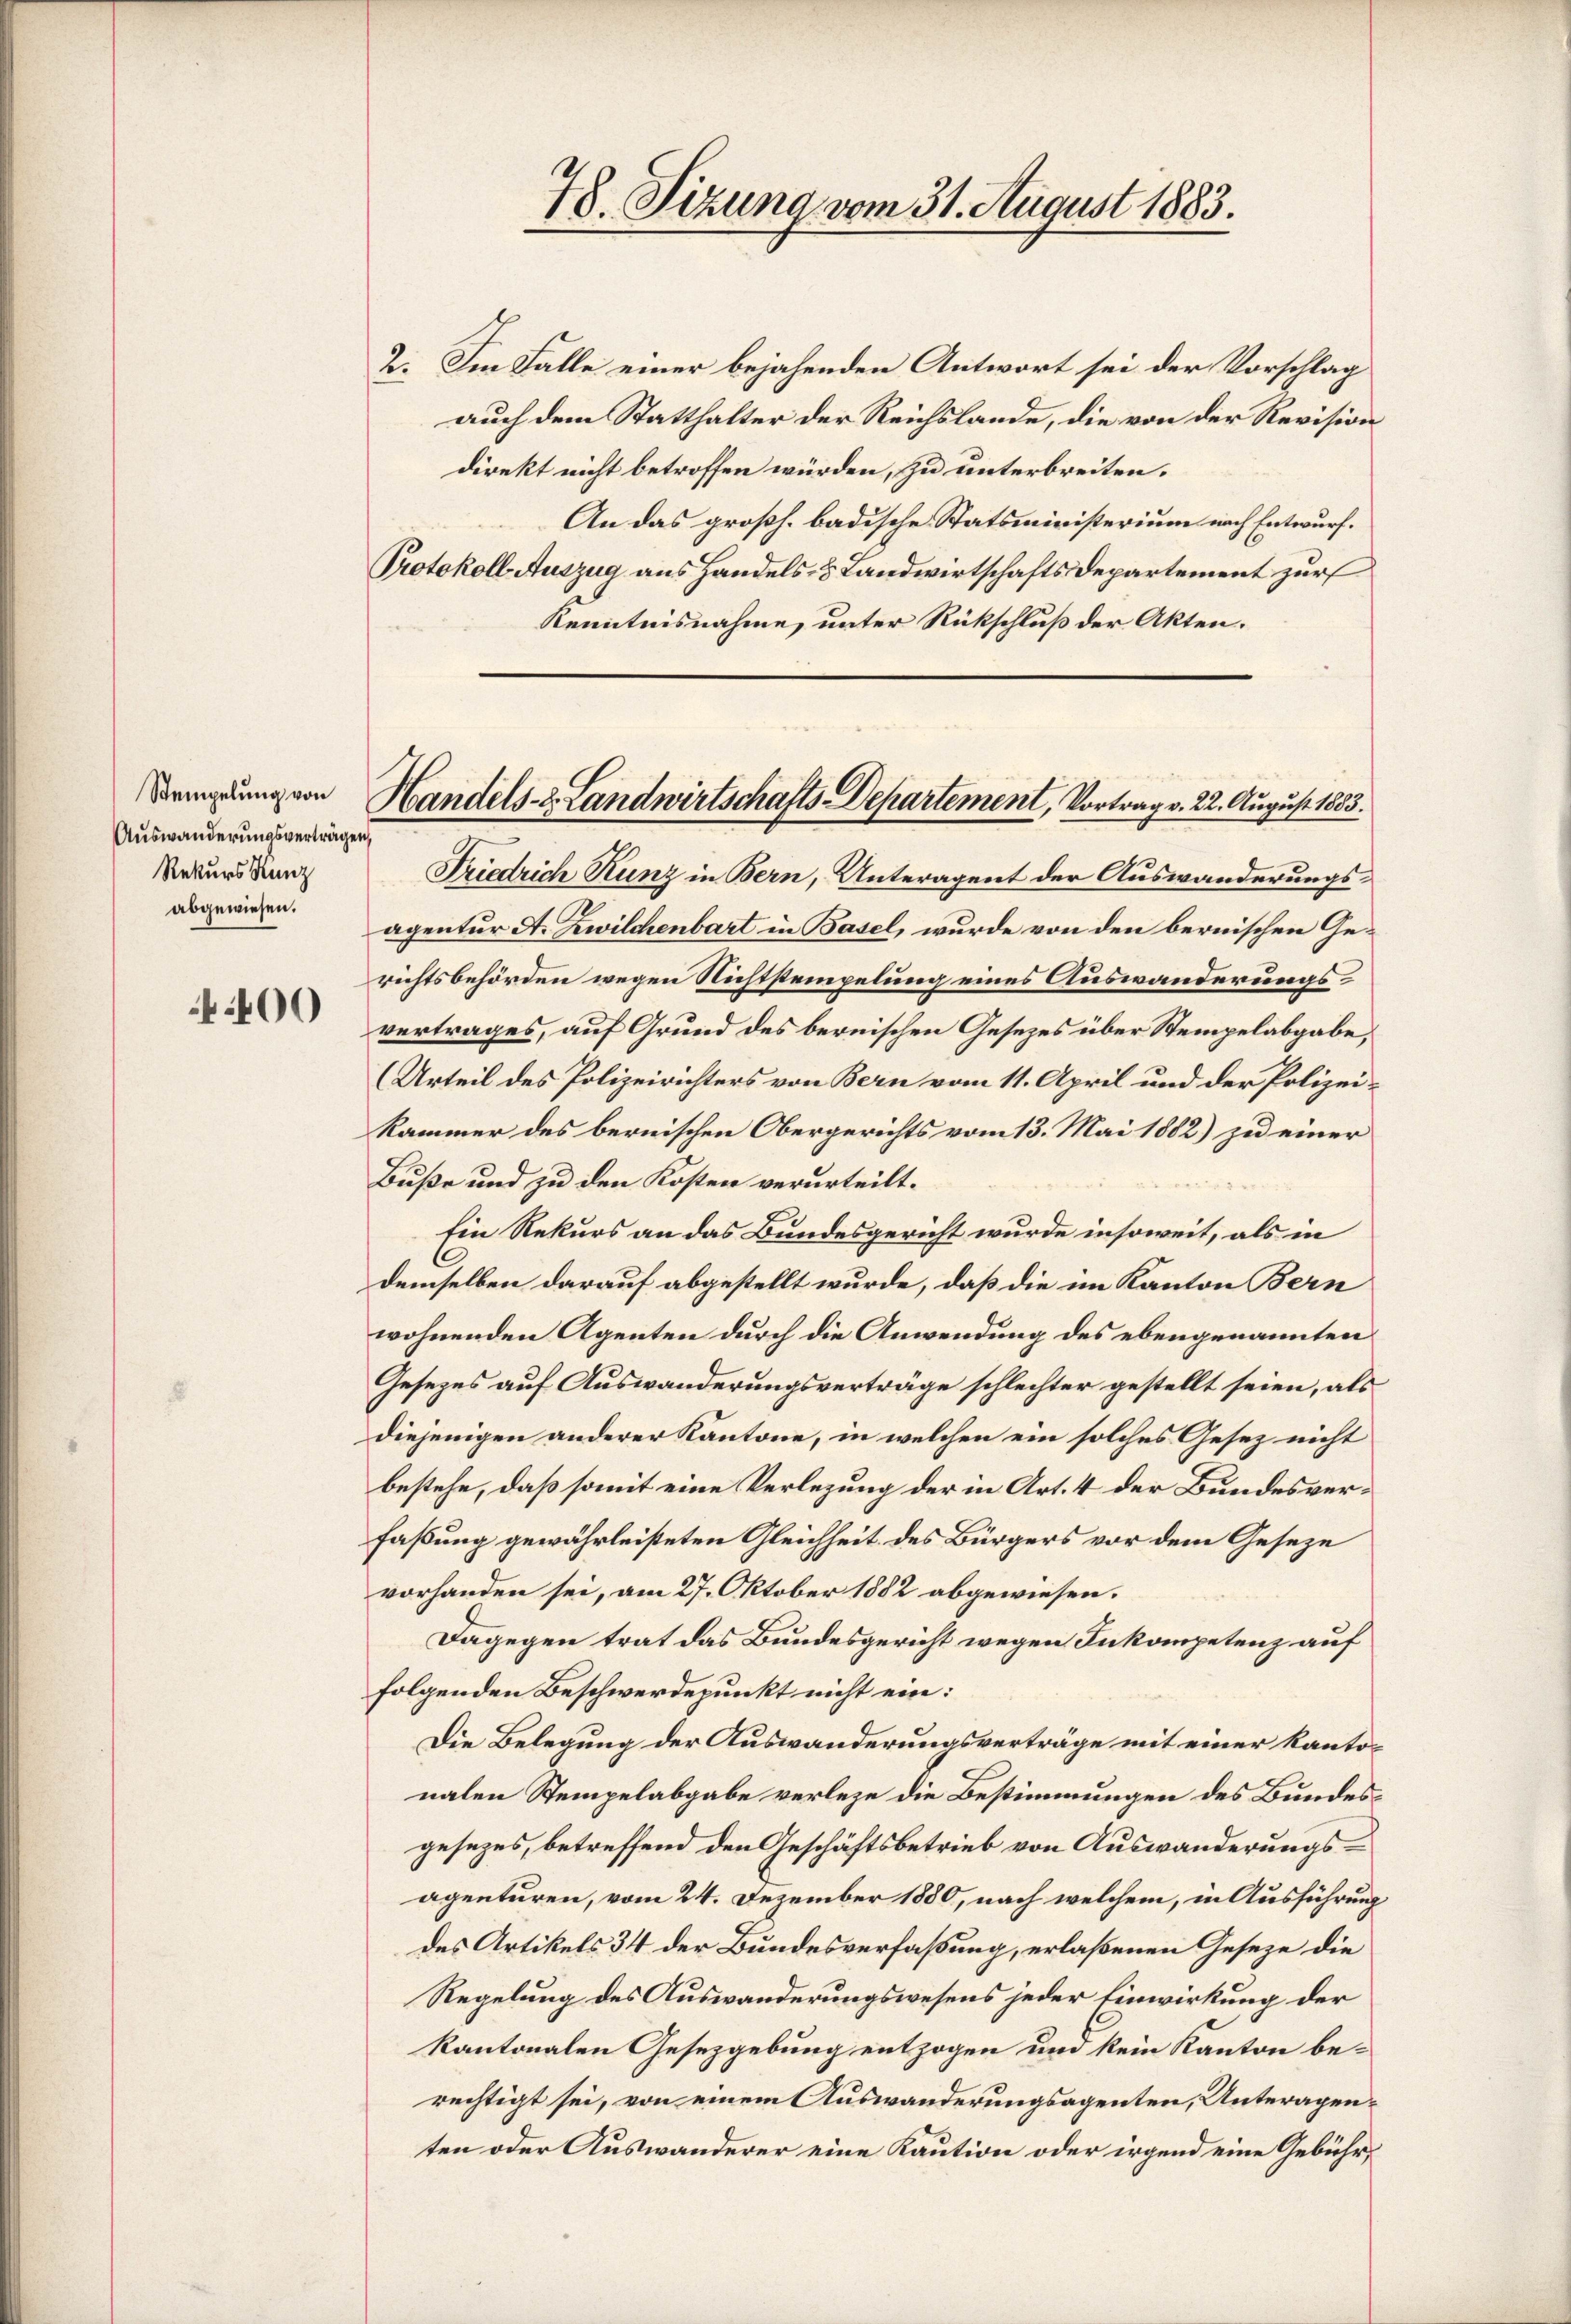
Auswanderungsverträgen,
Rekurs Runz
abgewiesen.

400

78. Sizung vom 31. August 1883.

Demprung von Handels- & Landwirtschafts-Departement, Vortrag v. 22. August 1883.

2. Im Falle einer bejahenden Antwort sei der Vorschlag
auch dem Statthalter der Reichslande, die von der Revision
direkt nicht betroffen würden, zu unterbreiten.
An das großh. badische Statsministerium nach Entwurf.
Protokoll Auszug aus Handels- & Landwirtschafts Departement zur
Kenntnisnahme, unter Rückschluß der Akten.
Friedrich Kunz in Bern, Unteragent der Auswanderungsagentur A. Zwilchenbart in Basel, wurde von den bernischen Gerichtsbehörden wegen Nichtstempelung eines Auswanderungsvertrages, auf Grund des bernischen Gesezes über Stempelabgabe,
(Urteil des Polizeirichters von Bern vom 11. April und der Polizeikammer des bernischen Obergerichts vom 13. Mai 1882) zu einer
Buße und zu den Kosten verurteilt.
Ein Rekurs an das Bundesgericht wurde insoweit, als in
demselben darauf abgestellt wurde, daß die im Kanton Bern
wohnenden Agenten durch die Anwendung des ebengenannten
Gesezes auf Auswanderungsverträge schlechter gestellt seien, als
diejenigen anderer Kantone, in welchen ein solches Gesetz nicht
bestehe, daß somit eine Verlegung der in Art. 4 der Bundesverfaßung gewährleisteten Gleichheit des Bürgers vor dem Geseze
vorhanden sei, am 27. Oktober 1882 abgewiesen.
Dagegen trat das Bundesgericht wegen Inkompetenz auf
folgenden Beschwerdepunkt nicht ein:
Die Belegung der Auswanderungsverträge mit einer Kantonalen Stempelabgabe verleze die Bestimmungen des Bundesgesezes, betreffend den Geschäftsbetrieb von Auswanderungsagenturen, vom 24. Dezember 1880, nach welchem, in Ausführung
des Artikels 34 der Bundesverfaßung, erlaßenen Geseze die
Regelung des Auswanderungswesens jeder Einwirkung der
kantonalen Gesetzgebung entzogen und kein Kanton berechtigt sei, von einem Auswanderungsagenten, Unteragenten oder Auswanderer eine Kaution oder irgend eine Gebühr¬